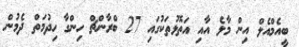
ބީއެމްއެލް އިން މާލެ އާއި އަތޮޅުތަކުގައި 27 ބްރާންޗް ހިންގާ ހިދުމަތް ދެމުން